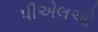
પીએલઓ